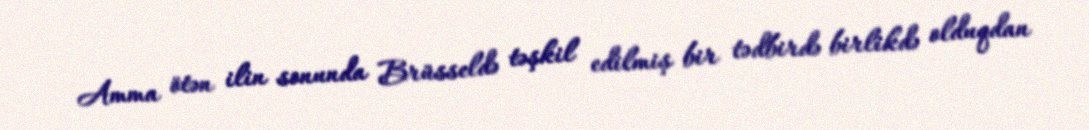
Amma ötən ilin sonunda Brüsseldə təşkil edilmiş bir tədbirdə birlikdə olduqdan